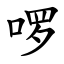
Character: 啰